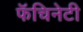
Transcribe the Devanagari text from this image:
फॅचिनेटी